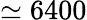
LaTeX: \simeq 6400